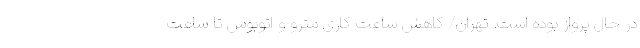
در حال پرواز بوده است. تهران/ کاهش ساعت کاری مترو و اتوبوس تا ساعت